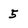
Character: 5